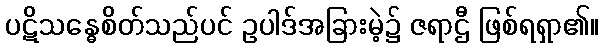
ပဋိသန္ဓေစိတ်သည်ပင် ဥပါဒ်အခြားမဲ့၌ ဇရာဌီ ဖြစ်ရရှာ၏။